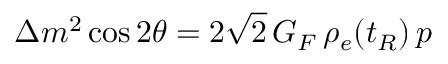
\Delta m ^ { 2 } \cos { 2 \theta } = 2 \sqrt { 2 } \, G _ { F } \, \rho _ { e } ( t _ { R } ) \, p